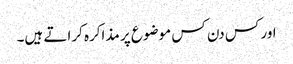
اور کس دن کس موضوع پر مذاکرہ کراتے ہیں۔